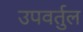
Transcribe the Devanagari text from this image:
उपवर्तुल